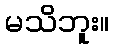
မသိဘူး။